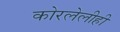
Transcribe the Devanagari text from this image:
कोरलेलीही